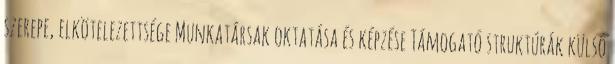
szerepe, elkötelezettsége Munkatársak oktatása és képzése Támogató struktúrák külső